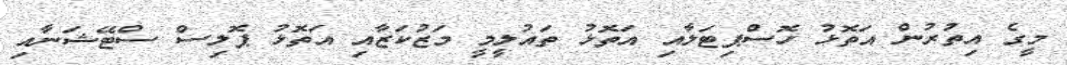
މީގެ އިތުރުން އަތޮޅު ހޮސްޕިޓަލާއި އަތޮޅު ތައުލީމީ މަޒުކަޒާއި އަތޮޅު ޕޮލިސް ސްޓޭޝަނާއި